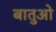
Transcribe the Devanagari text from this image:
बातुओ